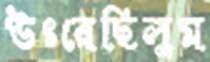
উৎরেছিলুম